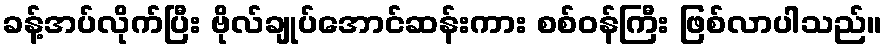
ခန့်အပ်လိုက်ပြီး ဗိုလ်ချုပ်အောင်ဆန်းကား စစ်ဝန်ကြီး ဖြစ်လာပါသည်။